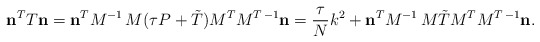
\begin{align*}{\bf n}\sp{T} T {\bf n}={\bf n}\sp{T}M\sp{-1}\, M(\tau P+\tilde T)M\sp{T}M\sp{T\,-1}{\bf n}=\frac{\tau}{N}k\sp2+{\bf n}\sp{T}M\sp{-1}\, M\tilde TM\sp{T}M\sp{T\,-1}{\bf n}.\end{align*}